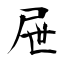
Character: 屉